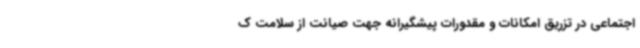
اجتماعی در تزریق امکانات و مقدورات پیشگیرانه جهت صیانت از سلامت ک